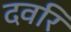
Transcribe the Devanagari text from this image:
दवरि